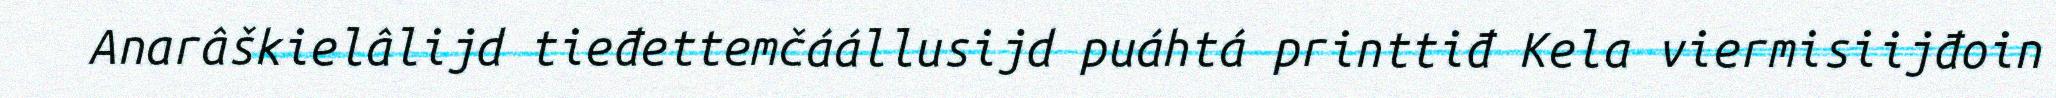
Anarâškielâlijd tieđettemčáállusijd puáhtá printtiđ Kela viermisiijđoin